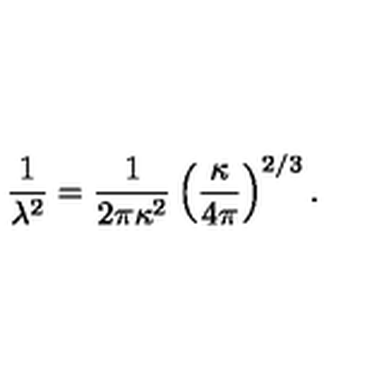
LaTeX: \frac { 1 } { \lambda ^ { 2 } } = \frac { 1 } { 2 \pi \kappa ^ { 2 } } \left( \frac { \kappa } { 4 \pi } \right) ^ { 2 / 3 } .